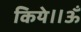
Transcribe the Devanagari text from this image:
किये॥ॐ